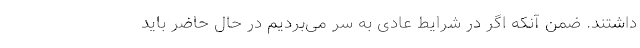
داشتند. ضمن آنکه اگر در شرایط عادی به سر می‌بردیم در حال حاضر باید